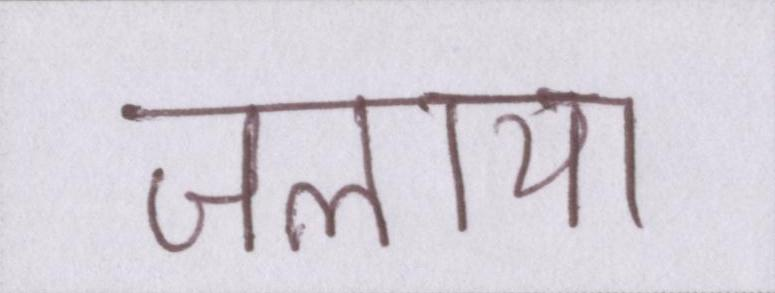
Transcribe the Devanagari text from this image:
जलाया